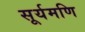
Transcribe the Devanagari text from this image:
सूर्यमणि